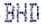
BHD